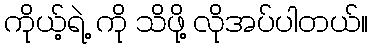
ကိုယ့်ရဲ့ ကို သိဖို့ လိုအပ်ပါတယ်။